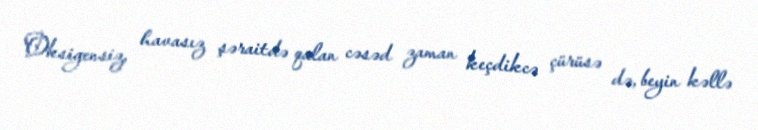
Oksigensiz, havasız şəraitdə qalan cəsəd zaman keçdikcə çürüsə də, beyin kəllə